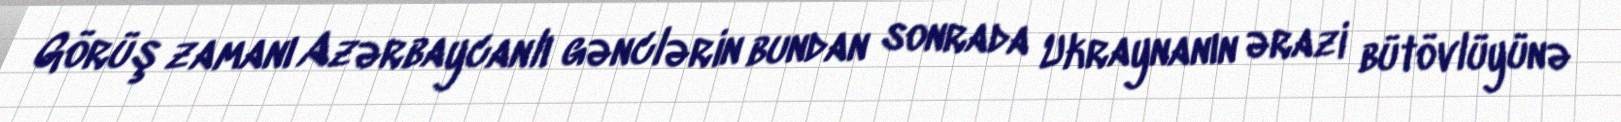
Görüş zamanı Azərbaycanlı gənclərin bundan sonrada Ukraynanın ərazi bütövlüyünə